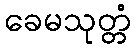
ခေမသုတ္တံ